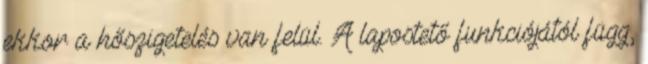
ekkor a hőszigetelés van felül. A lapostető funkciójától függ,